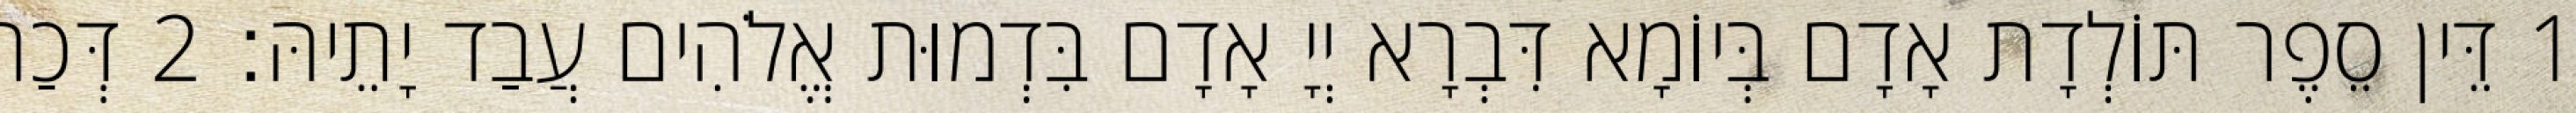
1 דֵּין סֵפֶר תּוֹלְדָת אָדָם בְּיוֹמָא דִּבְרָא יְיָ אָדָם בִּדְמוּת אֱלֹהִים עֲבַד יָתֵיהּ׃ 2 דְּכַר